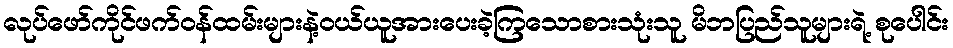
လုပ်ဖော်ကိုင်ဖက်ဝန်ထမ်းများနဲ့ဝယ်ယူအားပေးခဲ့ကြသောစားသုံးသူ မိဘပြည်သူများရဲ့ စုပေါင်း